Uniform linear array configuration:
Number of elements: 8
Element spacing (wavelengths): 0.75
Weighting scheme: blackman
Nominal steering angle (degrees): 60
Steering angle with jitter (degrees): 58.915
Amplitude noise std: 0.05
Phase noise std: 0.05

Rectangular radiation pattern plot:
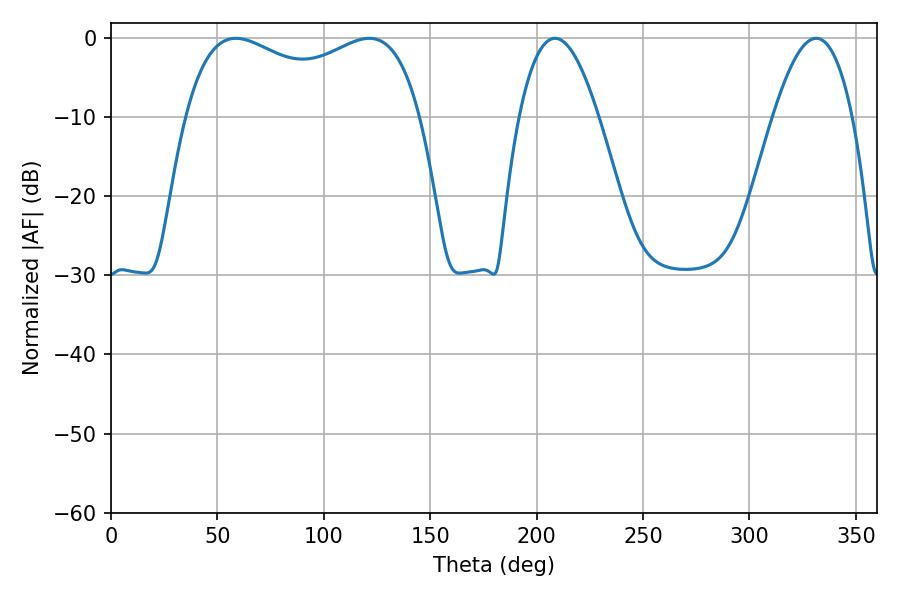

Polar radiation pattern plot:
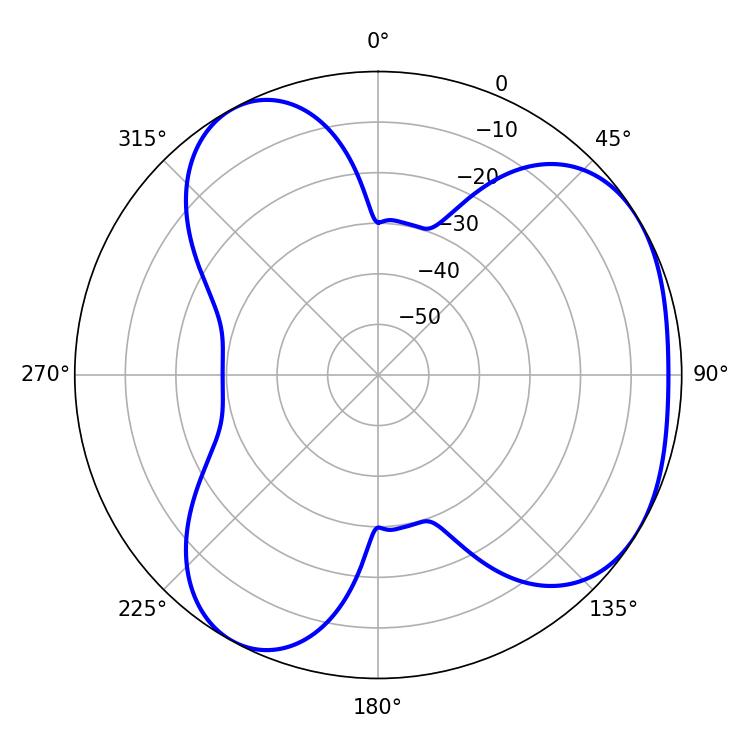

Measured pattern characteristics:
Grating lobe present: TRUE
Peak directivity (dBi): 4.102
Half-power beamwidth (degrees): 91.44
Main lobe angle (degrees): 58.68